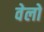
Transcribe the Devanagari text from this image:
वेलो